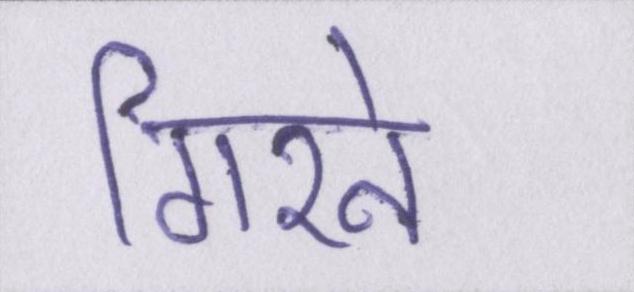
गिरने